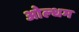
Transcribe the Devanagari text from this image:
ओल्धम